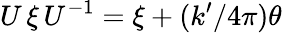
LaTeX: U\, \xi\, U^{-1}=\xi+(k^{\prime}/4\pi)\theta